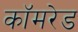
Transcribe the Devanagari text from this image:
काॅमरेड